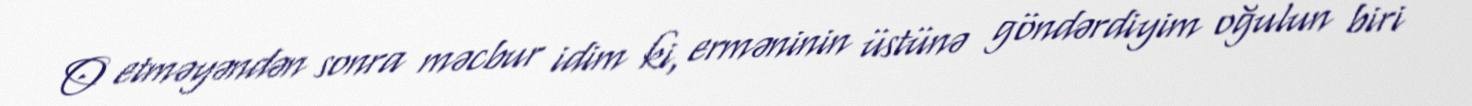
O etməyəndən sonra məcbur idim ki, erməninin üstünə göndərdiyim oğulun biri